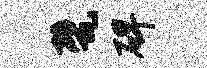
甓碑